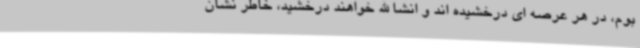
بوم، در هر عرصه ای درخشیده اند و انشا الله خواهند درخشید، خاطر نشان